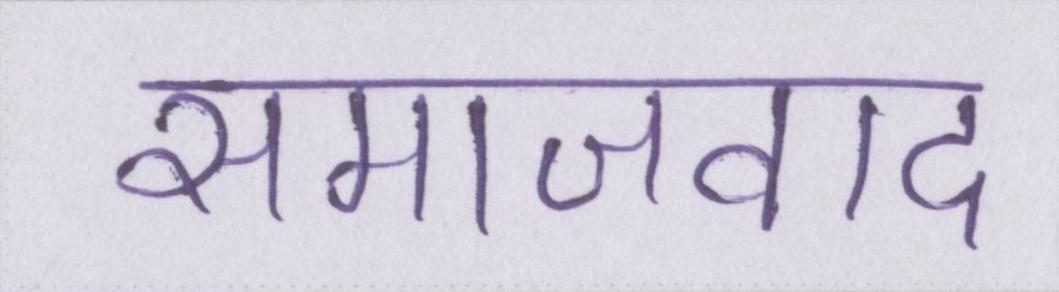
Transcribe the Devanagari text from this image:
समाजवाद